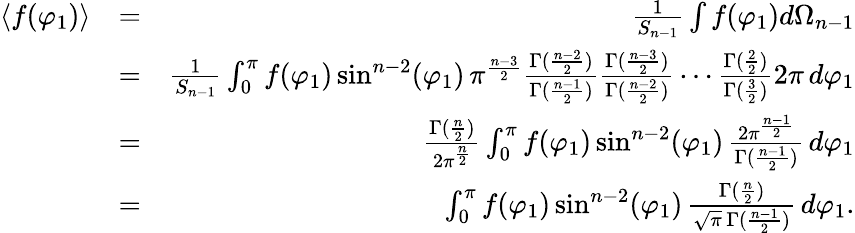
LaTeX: \begin{array}{rlr}{\langle f(\varphi_{1})\rangle}&{=}&{\frac{1}{S_{n-1}}\int f(\varphi_{1})d\Omega_{n-1}}\\ &{=}&{\frac{1}{S_{n-1}}\int_{0}^{\pi}f(\varphi_{1})\sin^{n-2}(\varphi_{1})\, \pi^{\frac{n-3}{2}}\frac{\Gamma(\frac{n-2}{2})}{\Gamma(\frac{n-1}{2})}\frac{\Gamma(\frac{n-3}{2})}{\Gamma(\frac{n-2}{2})}\cdots\frac{\Gamma(\frac{2}{2})}{\Gamma(\frac{3}{2})}2\pi\, d\varphi_{1}}\\ &{=}&{\frac{\Gamma(\frac{n}{2})}{2\pi^{\frac{n}{2}}}\int_{0}^{\pi}f(\varphi_{1})\sin^{n-2}(\varphi_{1})\, \frac{2\pi^{\frac{n-1}{2}}}{\Gamma(\frac{n-1}{2})}\, d\varphi_{1}}\\ &{=}&{\int_{0}^{\pi}f(\varphi_{1})\sin^{n-2}(\varphi_{1})\, \frac{\Gamma(\frac{n}{2})}{\sqrt{\pi}\, \Gamma(\frac{n-1}{2})}\, d\varphi_{1}.}\end{array}